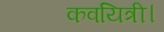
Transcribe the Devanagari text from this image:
कवयित्री।